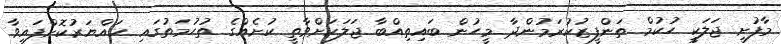
މާފުށީ ޖަލަކީ ހުކުމް ތަންފީޒުކުރަމުންދާ މީހުން ބައިތިއްބާ ޖަލަކަށްވާތީ ކުށެއްގެ ތުހުމަތުގައި ހައްޔަރުކޮށްފައިވާ